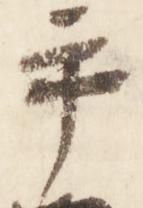
手